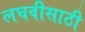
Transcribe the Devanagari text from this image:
लघवीसाठी